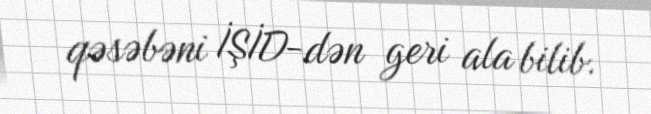
qəsəbəni İŞİD-dən geri ala bilib.